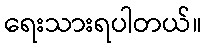
ရေးသားရပါတယ်။